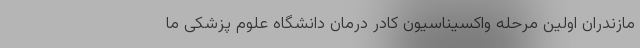
مازندران اولین مرحله واکسیناسیون کادر درمان دانشگاه علوم پزشکی ما